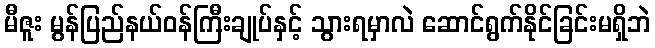
မီဇူး မွန်ပြည်နယ်ဝန်ကြီးချုပ်နှင့် သွားရမှာလဲ ဆောင်ရွက်နိုင်ခြင်းမရှိဘဲ